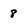
Character: 8